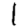
Digit: 1